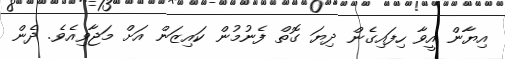
އިޔާން އީވާ ހިފައިގެން ދިޔަ ގޮތް ފެނުމުން ކައިޒަން އަށް މަޖާވިއެވެ. ދެން